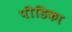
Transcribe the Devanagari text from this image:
पीडिका